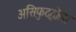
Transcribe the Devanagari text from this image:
असिफुद्दोला